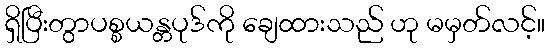
ရှိပြီးတွာပစ္စယန္တပုဒ်ကို ချေထားသည် ဟု မမှတ်လင့်။